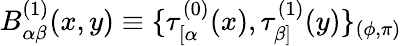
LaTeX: B_{\alpha\beta}^{(1)}(x,y)\equiv\{ \tau_{[\alpha}^{(0)}(x),\tau_{\beta]}^{(1)}(y)\} _{(\phi,\pi)}